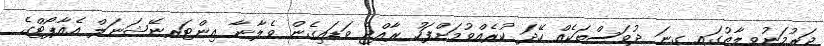
ޖަރުމަނުވިލާތުގައި ގިނަ ދުވަސްތަކެއް ހޭދަ ކުރެއްވުމަށްފަހު ރާއްޖެ ވަޑައިގެން ވެލާނާ އިންޓަރނޭޝަނަލް އެއާޕޯޓްގެ